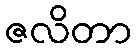
ဇလိတာ